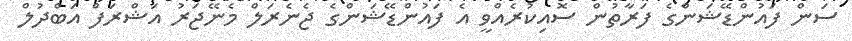
ސަން ފައުންޑޭޝަންގެ ފަރާތުން ސޮއިކުރެއްވީ އެ ފައުންޑޭޝަންގެ ޖެނެރަލް މެނޭޖަރު އަޝްރަފް އަބްދުލް